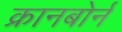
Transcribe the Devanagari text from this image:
क्रानबोर्न